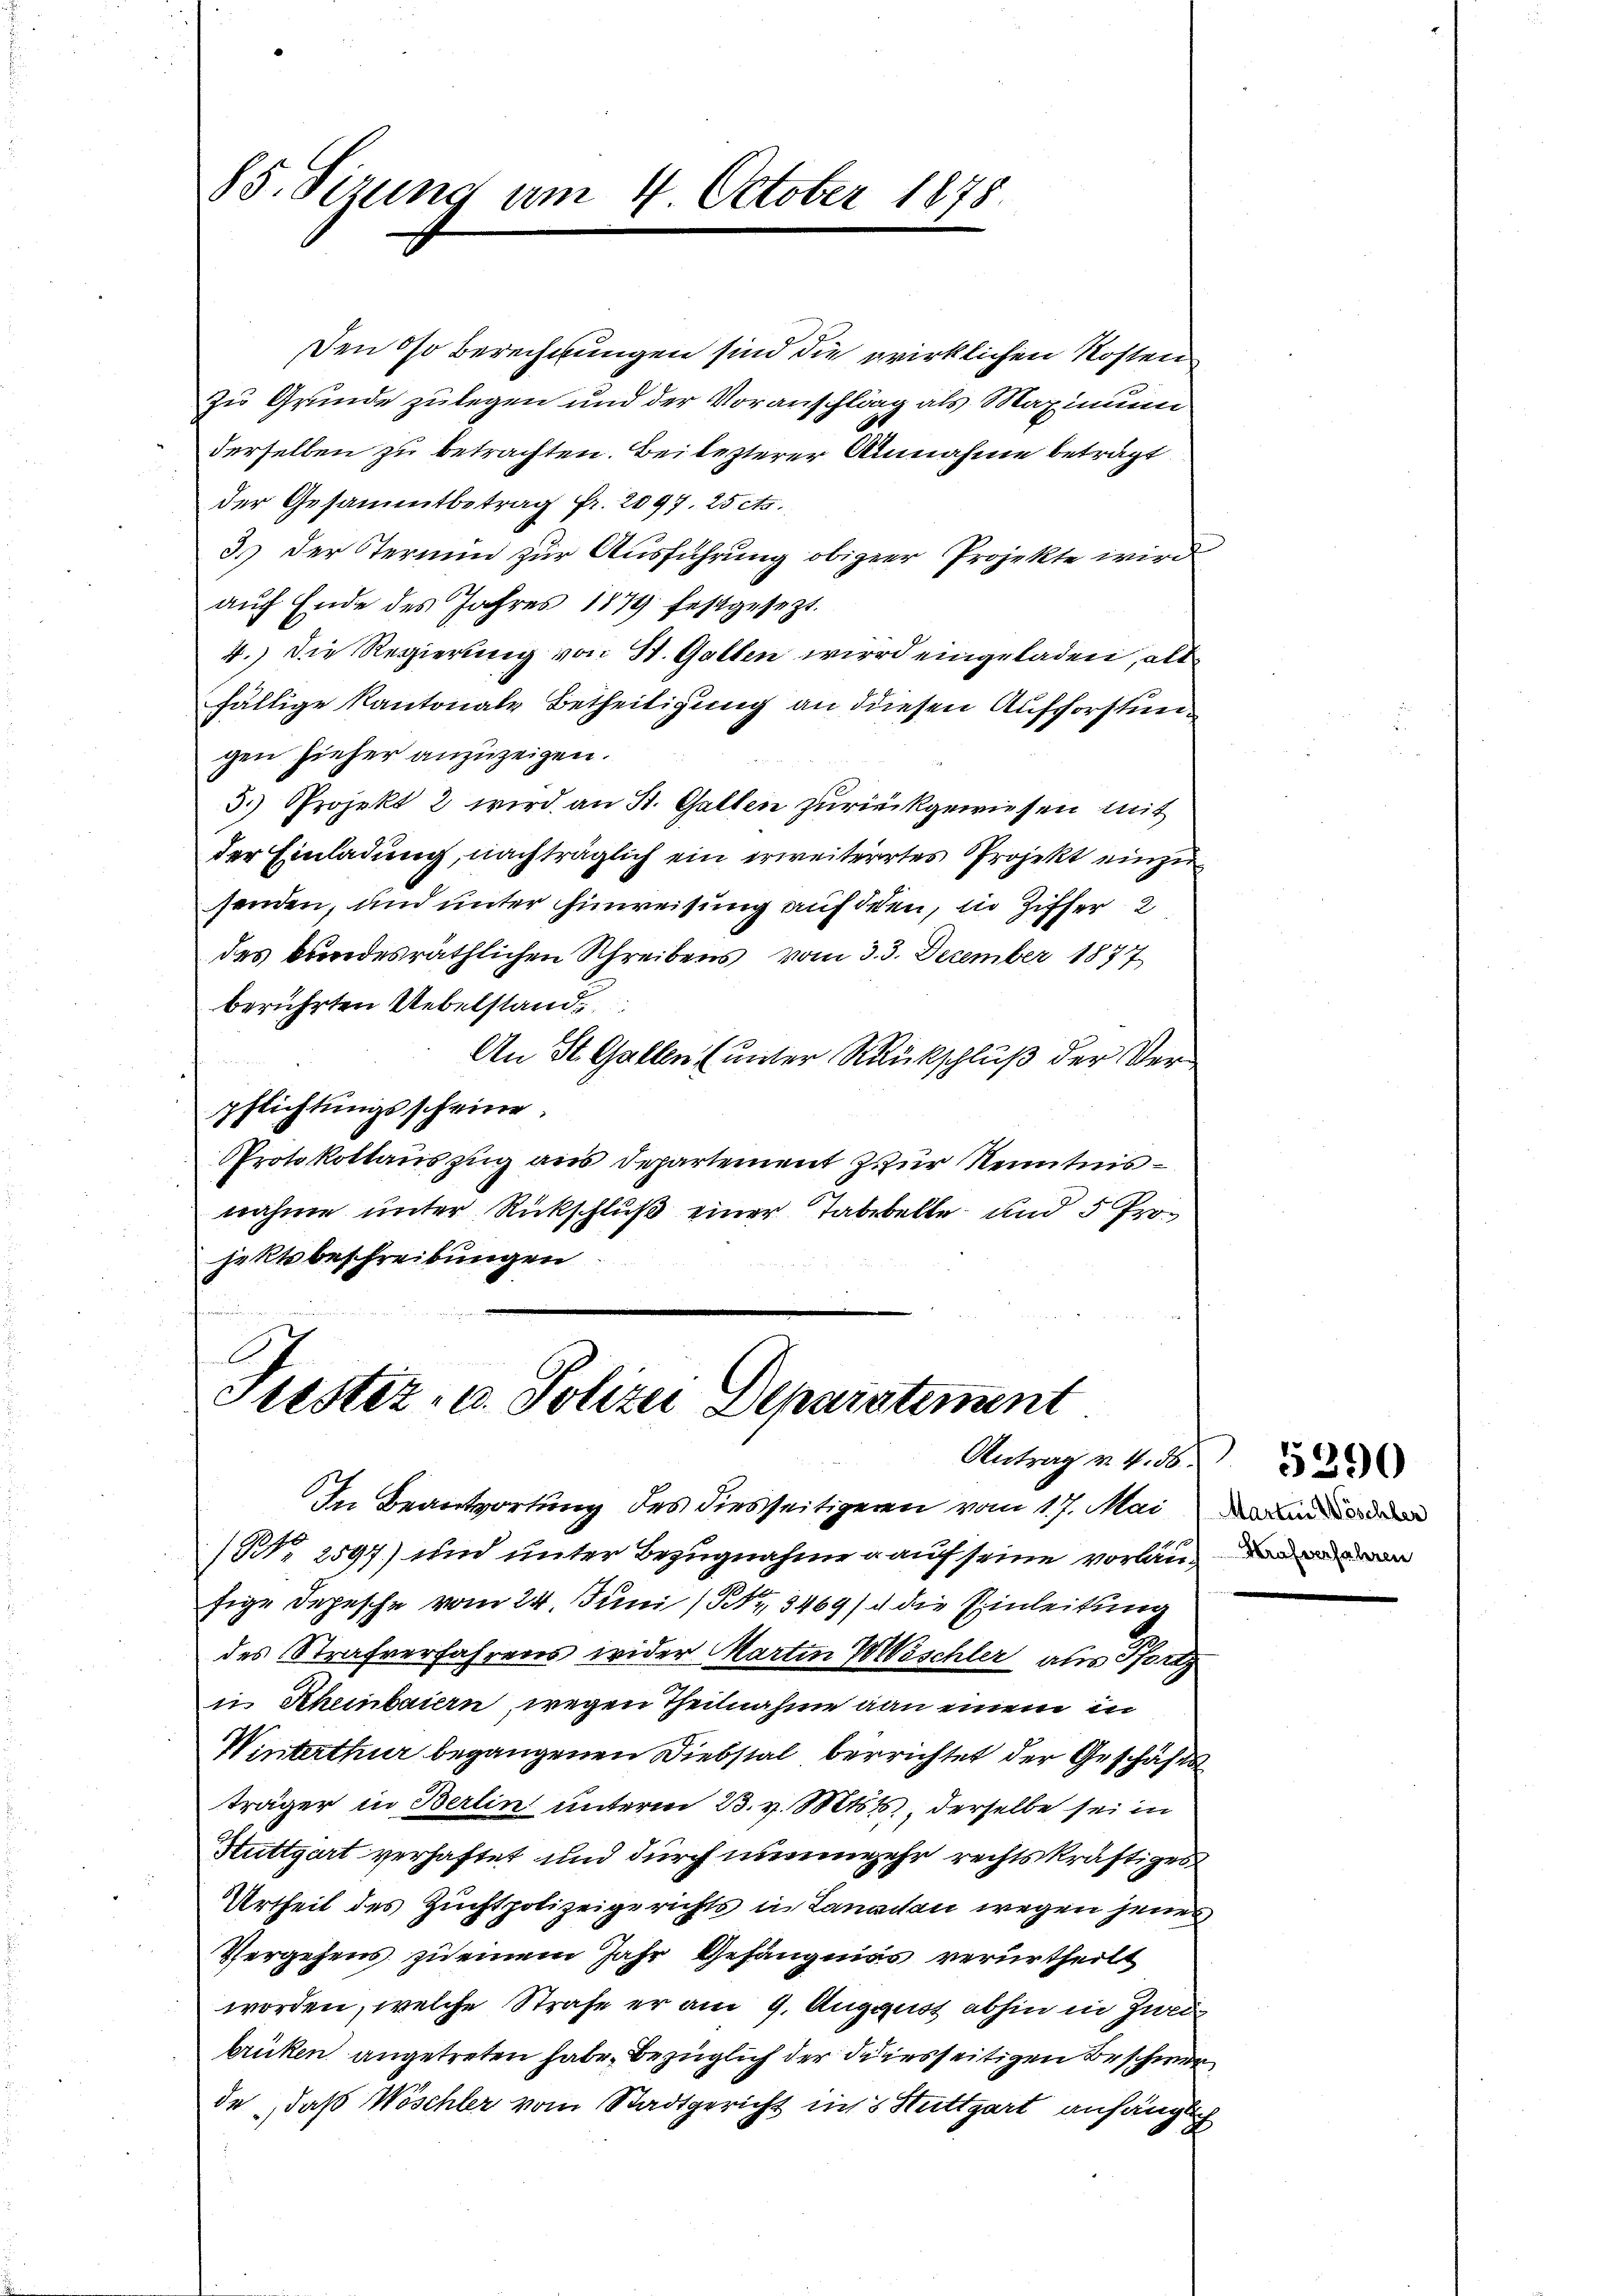
85. Sizung am 4. October 1878.

Den so Berechnungen sind die wirklichen Kosten
zu Grunde zulegen und der Voranschlag als Maximum
derselben zu betrachten. Bei lezterer Annahme betragt
der Gesammtbetrag Fr. 2097. 25 cts.
3.) Der Termin zur Ausführung obiger Projekte wird
auch Ende des Jahres 1879 festgesezt.
4.) Die Regierung von St. Gallen wird eingeladen, als
fällige Kantonale Betheiligung an diesen Aufforstungen hieher anzuzeigen.
3.) Projekt 2 wird an St. Gallen zurückgewiesen mit
der Einladung, nachträglich ein erweiterrtes Projekt einzusenden, und unter hinweisung auf dien, in Ziffer 2
des bundesräthlichen Schreibens vom 3. 3. December 1877
berührten Uebelstand
An St. Gallen (unter Ruckschluß der Verpflichtungsscheine.
Protokollauszug aus Departement zur Kenntnisnahme unter Rückschluß einer Tabebelle und 5 Projekt beschreibungen

Fustiz- u. Polizei Deparatement
Antrag v. 4. No. 32
In Beantwortung des diesseitigeren vom 17. Mai an de

(Nr. 2597) und unter Bezugnahme auf seine vorlang und man
fige Depesche vom 24. Juni /3, 3469/ die Einleitung
des Strafverfahrens wider Martin WWöschler aus Pfort
in Rheinbaiern, wegen Theilnahme an einem in
Winterthur begangenen Diebstal berrichtet der Geschäfts
träger in Berlin unterm 23. v. Mts., derselbe sei in
Stuttgart verhaftet und durch nunmehr rechtskräftiges
Urtheil des Zuchtpolizeigerichts in Lanachen wegen jenes
Vergehens zu einem Jahr Gefängnis verurtheilt
worden, welche Strafe er am 9. August abhin in Zweig
brüken angetreten habe, bezüglich der diesseitigen Beschwerde, daß Wöschler vom Stadtgericht in’s Stuttgart anfänglich